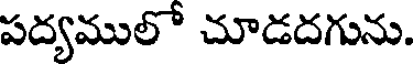
పద్యములో చూడదగును.